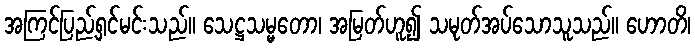
အကြင်ပြည့်ရှင်မင်းသည်။ သေဋ္ဌသမ္မတော၊ အမြတ်ဟူ၍ သမုတ်အပ်သောသူသည်။ ဟောတိ၊